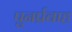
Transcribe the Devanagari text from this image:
पुनर्प्रवाह